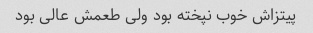
پیتزاش خوب نپخته بود ولی طعمش عالی بود